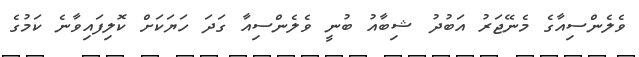
ވެލެންސިއާގެ މެނޭޖަރު އަބުދު ޝިބާއު ބުނީ ވެލެންސިއާ ގަދަ ހަޔަކަށް ކޮލިފައިވާނެ ކަމުގެ